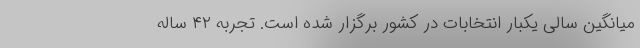
میانگین سالی یکبار انتخابات در کشور برگزار شده است. تجربه ۴۲ ساله